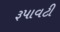
રૂપાવટી